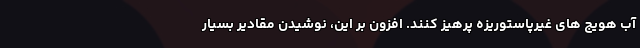
آب هویج های غیرپاستوریزه پرهیز کنند. افزون بر این، نوشیدن مقادیر بسیار